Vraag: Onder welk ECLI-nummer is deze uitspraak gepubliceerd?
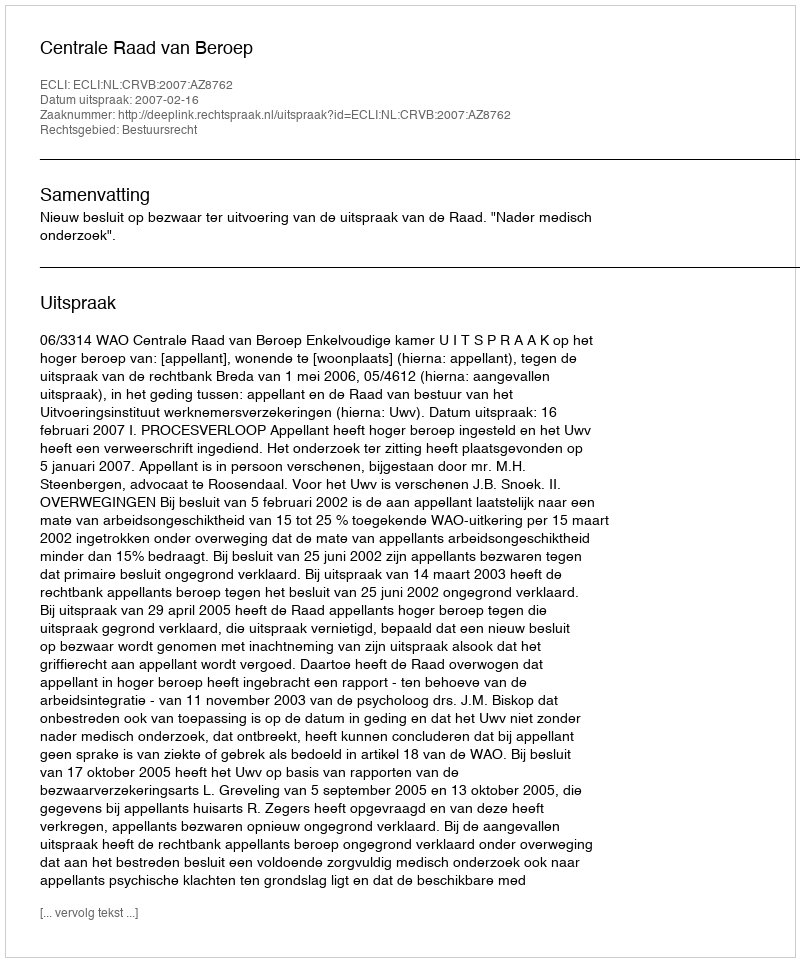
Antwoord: ECLI:NL:CRVB:2007:AZ8762